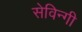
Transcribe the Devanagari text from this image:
सेविन्गी